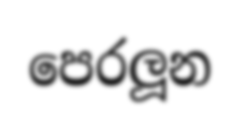
පෙරලූන